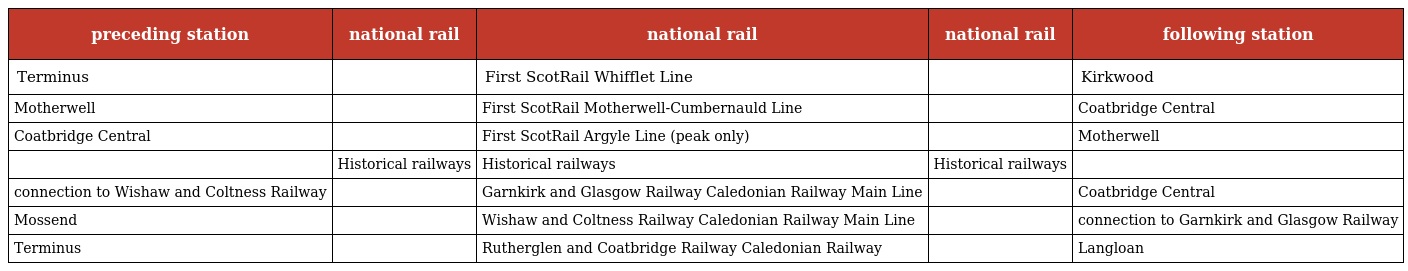
| preceding station | national rail | national rail | national rail | following station |
 | --- | --- | --- | --- | --- |
 | Terminus |  | First ScotRail Whifflet Line |  | Kirkwood |
 | Motherwell |  | First ScotRail Motherwell-Cumbernauld Line |  | Coatbridge Central |
 | Coatbridge Central |  | First ScotRail Argyle Line (peak only) |  | Motherwell |
 |  | Historical railways | Historical railways | Historical railways |  |
 | connection to Wishaw and Coltness Railway |  | Garnkirk and Glasgow Railway Caledonian Railway Main Line |  | Coatbridge Central |
 | Mossend |  | Wishaw and Coltness Railway Caledonian Railway Main Line |  | connection to Garnkirk and Glasgow Railway |
 | Terminus |  | Rutherglen and Coatbridge Railway Caledonian Railway |  | Langloan |